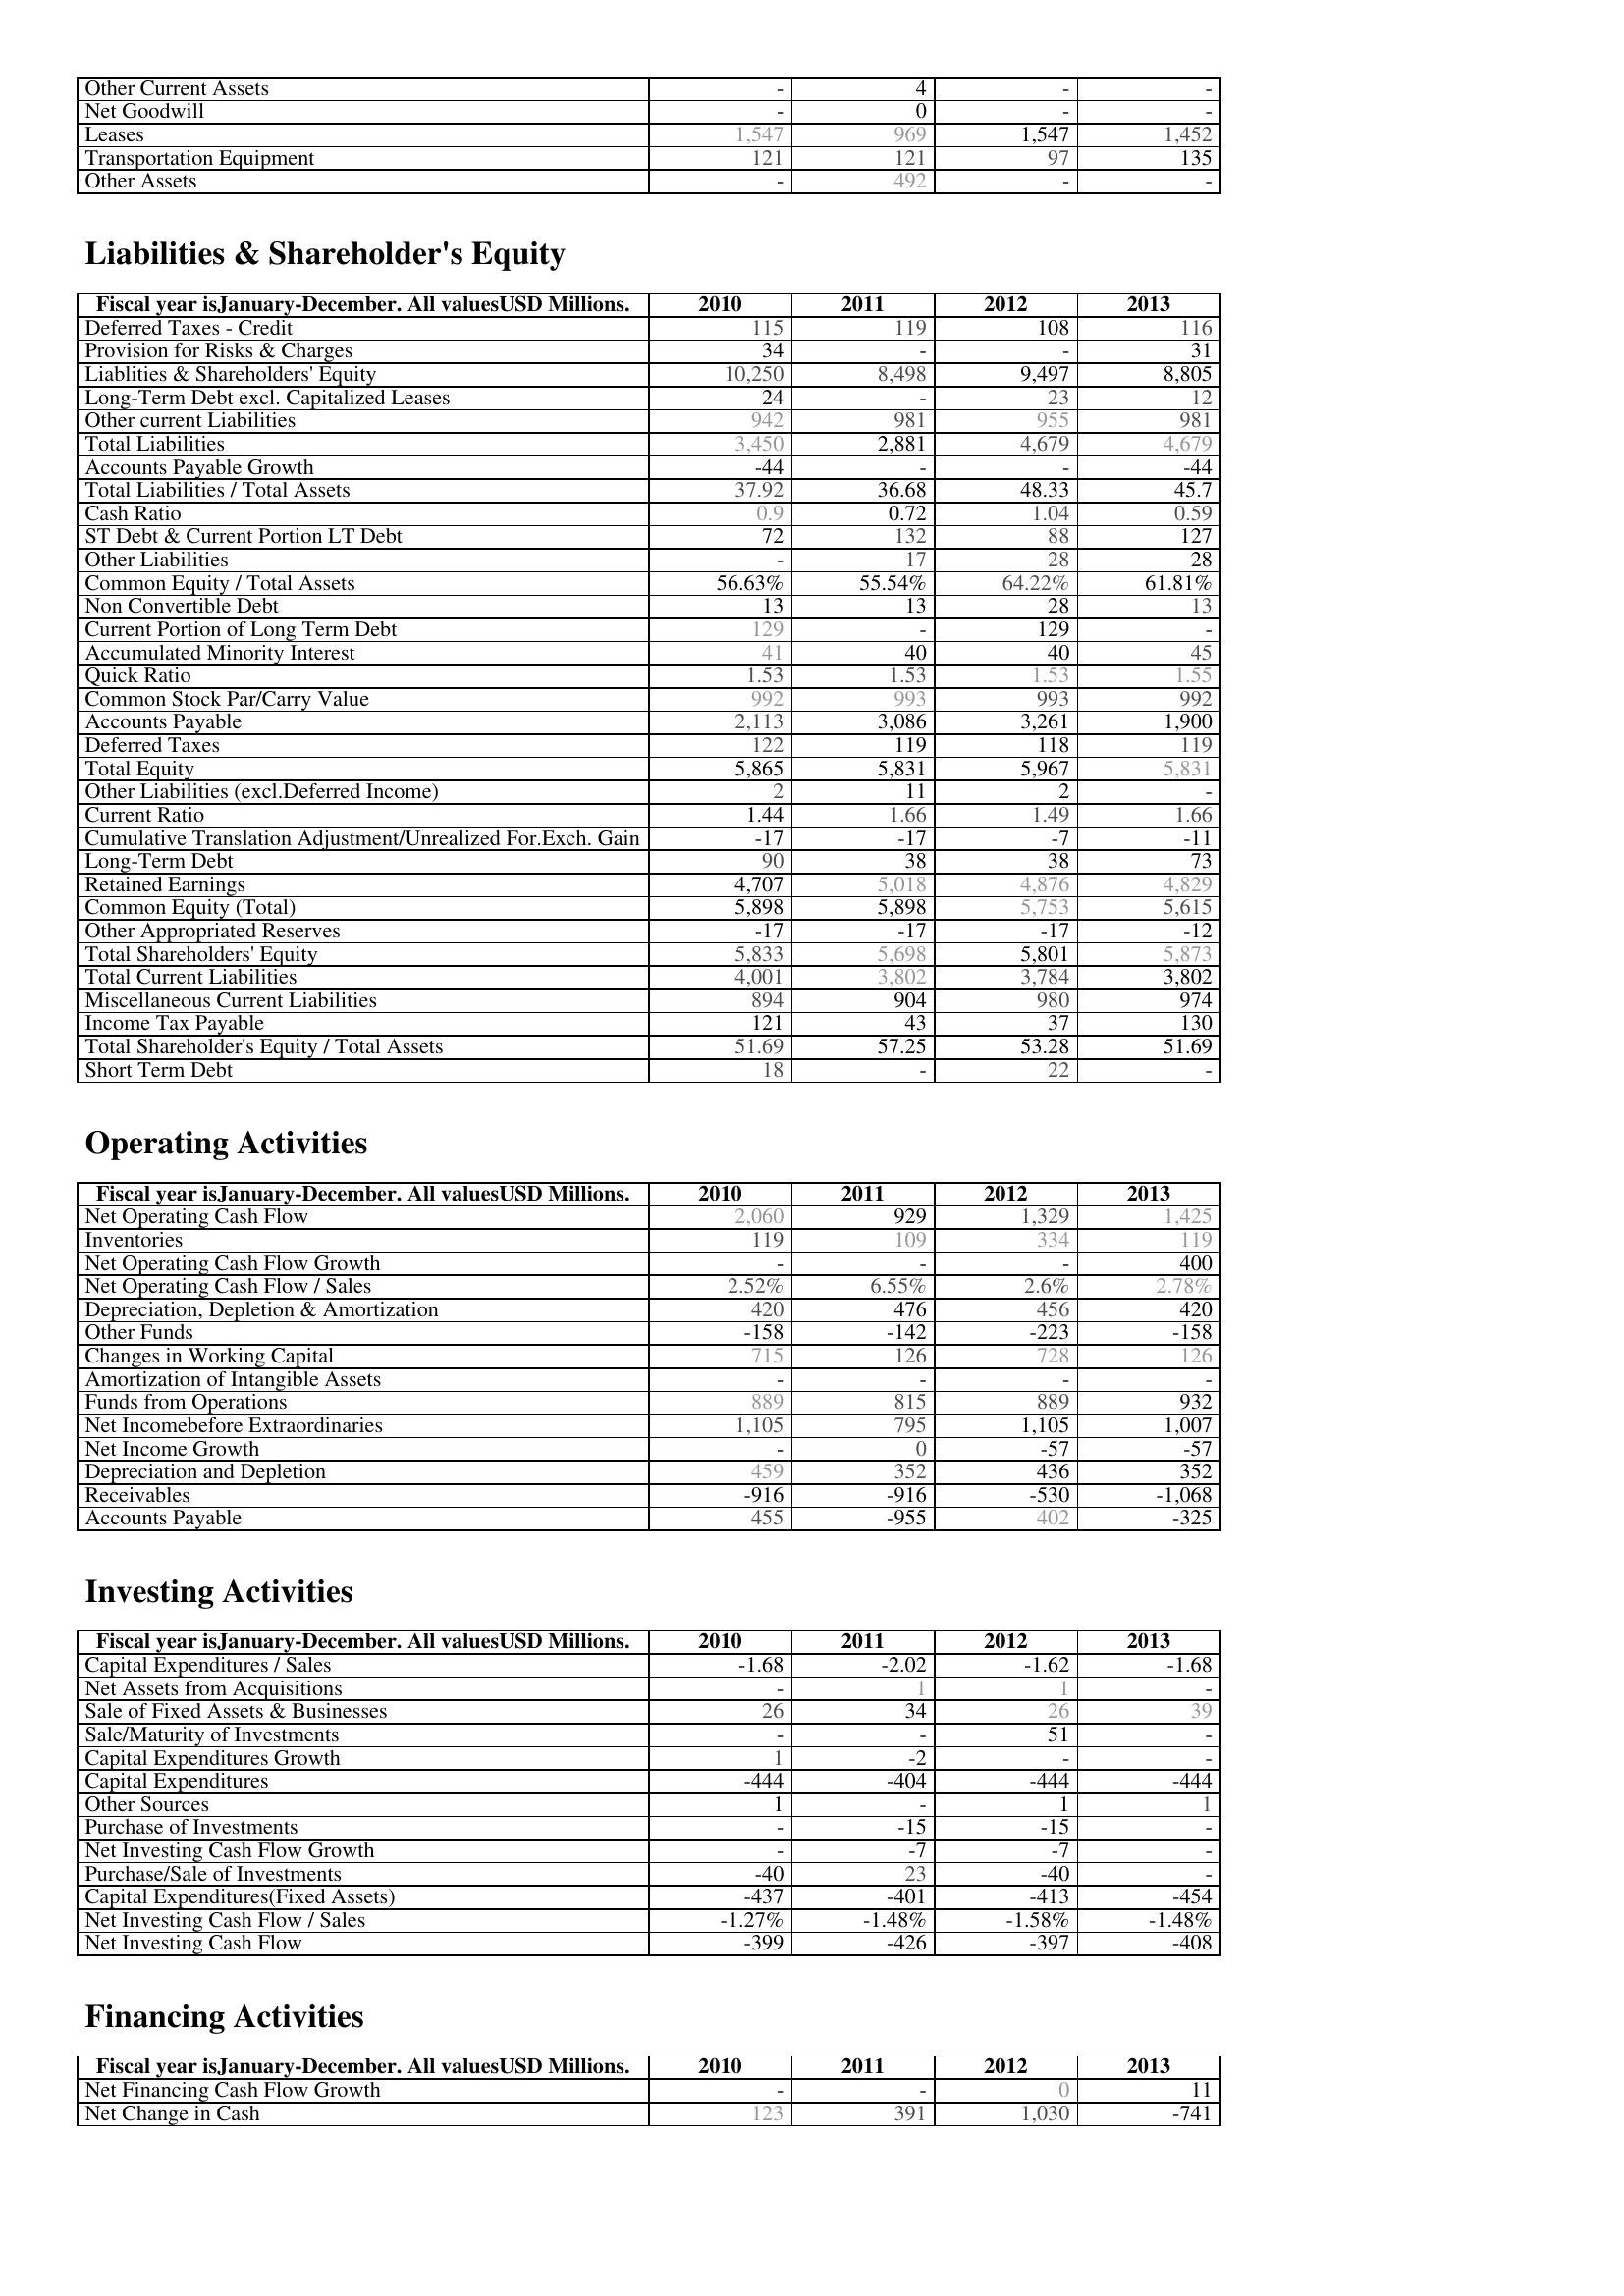
2010: Assets: Other Current Assets: -
Net Goodwill: -
Leases: 1,547
Transportation Equipment: 121
Other Assets: -
Liabilities & Shareholder's Equity: Deferred Taxes - Credit: 115
Provision for Risks & Charges: 34
Liablities & Shareholders' Equity: 10,250
Long-Term Debt excl. Capitalized Leases: 24
Other current Liabilities: 942
Total Liabilities: 3,450
Accounts Payable Growth: -44
Total Liabilities / Total Assets: 37.92
Cash Ratio: 0.9
ST Debt & Current Portion LT Debt: 72
Other Liabilities: -
Common Equity / Total Assets: 56.63%
Non Convertible Debt: 13
Current Portion of Long Term Debt: 129
Accumulated Minority Interest: 41
Quick Ratio: 1.53
Common Stock Par/Carry Value: 992
Accounts Payable: 2,113
Deferred Taxes: 122
Total Equity: 5,865
Other Liabilities (excl.Deferred Income): 2
Current Ratio: 1.44
Cumulative Translation Adjustment/Unrealized For.Exch. Gain: -17
Long-Term Debt: 90
Retained Earnings: 4,707
Common Equity (Total): 5,898
Other Appropriated Reserves: -17
Total Shareholders' Equity: 5,833
Total Current Liabilities: 4,001
Miscellaneous Current Liabilities: 894
Income Tax Payable: 121
Total Shareholder's Equity / Total Assets: 51.69
Short Term Debt: 18
Operating Activities: Net Operating Cash Flow: 2,060
Inventories: 119
Net Operating Cash Flow Growth: -
Net Operating Cash Flow / Sales: 2.52%
Depreciation, Depletion & Amortization: 420
Other Funds: -158
Changes in Working Capital: 715
Amortization of Intangible Assets: -
Funds from Operations: 889
Net Incomebefore Extraordinaries: 1,105
Net Income Growth: -
Depreciation and Depletion: 459
Receivables: -916
Accounts Payable: 455
Investing Activities: Capital Expenditures / Sales: -1.68
Net Assets from Acquisitions: -
Sale of Fixed Assets & Businesses: 26
Sale/Maturity of Investments: -
Capital Expenditures Growth: 1
Capital Expenditures: -444
Other Sources: 1
Purchase of Investments: -
Net Investing Cash Flow Growth: -
Purchase/Sale of Investments: -40
Capital Expenditures(Fixed Assets): -437
Net Investing Cash Flow / Sales: -1.27%
Net Investing Cash Flow: -399
Financing Activities: Net Financing Cash Flow Growth: -
Net Change in Cash: 123
2011: Assets: Other Current Assets: 4
Net Goodwill: 0
Leases: 969
Transportation Equipment: 121
Other Assets: 492
Liabilities & Shareholder's Equity: Deferred Taxes - Credit: 119
Provision for Risks & Charges: -
Liablities & Shareholders' Equity: 8,498
Long-Term Debt excl. Capitalized Leases: -
Other current Liabilities: 981
Total Liabilities: 2,881
Accounts Payable Growth: -
Total Liabilities / Total Assets: 36.68
Cash Ratio: 0.72
ST Debt & Current Portion LT Debt: 132
Other Liabilities: 17
Common Equity / Total Assets: 55.54%
Non Convertible Debt: 13
Current Portion of Long Term Debt: -
Accumulated Minority Interest: 40
Quick Ratio: 1.53
Common Stock Par/Carry Value: 993
Accounts Payable: 3,086
Deferred Taxes: 119
Total Equity: 5,831
Other Liabilities (excl.Deferred Income): 11
Current Ratio: 1.66
Cumulative Translation Adjustment/Unrealized For.Exch. Gain: -17
Long-Term Debt: 38
Retained Earnings: 5,018
Common Equity (Total): 5,898
Other Appropriated Reserves: -17
Total Shareholders' Equity: 5,698
Total Current Liabilities: 3,802
Miscellaneous Current Liabilities: 904
Income Tax Payable: 43
Total Shareholder's Equity / Total Assets: 57.25
Short Term Debt: -
Operating Activities: Net Operating Cash Flow: 929
Inventories: 109
Net Operating Cash Flow Growth: -
Net Operating Cash Flow / Sales: 6.55%
Depreciation, Depletion & Amortization: 476
Other Funds: -142
Changes in Working Capital: 126
Amortization of Intangible Assets: -
Funds from Operations: 815
Net Incomebefore Extraordinaries: 795
Net Income Growth: 0
Depreciation and Depletion: 352
Receivables: -916
Accounts Payable: -955
Investing Activities: Capital Expenditures / Sales: -2.02
Net Assets from Acquisitions: 1
Sale of Fixed Assets & Businesses: 34
Sale/Maturity of Investments: -
Capital Expenditures Growth: -2
Capital Expenditures: -404
Other Sources: -
Purchase of Investments: -15
Net Investing Cash Flow Growth: -7
Purchase/Sale of Investments: 23
Capital Expenditures(Fixed Assets): -401
Net Investing Cash Flow / Sales: -1.48%
Net Investing Cash Flow: -426
Financing Activities: Net Financing Cash Flow Growth: -
Net Change in Cash: 391
2012: Assets: Other Current Assets: -
Net Goodwill: -
Leases: 1,547
Transportation Equipment: 97
Other Assets: -
Liabilities & Shareholder's Equity: Deferred Taxes - Credit: 108
Provision for Risks & Charges: -
Liablities & Shareholders' Equity: 9,497
Long-Term Debt excl. Capitalized Leases: 23
Other current Liabilities: 955
Total Liabilities: 4,679
Accounts Payable Growth: -
Total Liabilities / Total Assets: 48.33
Cash Ratio: 1.04
ST Debt & Current Portion LT Debt: 88
Other Liabilities: 28
Common Equity / Total Assets: 64.22%
Non Convertible Debt: 28
Current Portion of Long Term Debt: 129
Accumulated Minority Interest: 40
Quick Ratio: 1.53
Common Stock Par/Carry Value: 993
Accounts Payable: 3,261
Deferred Taxes: 118
Total Equity: 5,967
Other Liabilities (excl.Deferred Income): 2
Current Ratio: 1.49
Cumulative Translation Adjustment/Unrealized For.Exch. Gain: -7
Long-Term Debt: 38
Retained Earnings: 4,876
Common Equity (Total): 5,753
Other Appropriated Reserves: -17
Total Shareholders' Equity: 5,801
Total Current Liabilities: 3,784
Miscellaneous Current Liabilities: 980
Income Tax Payable: 37
Total Shareholder's Equity / Total Assets: 53.28
Short Term Debt: 22
Operating Activities: Net Operating Cash Flow: 1,329
Inventories: 334
Net Operating Cash Flow Growth: -
Net Operating Cash Flow / Sales: 2.6%
Depreciation, Depletion & Amortization: 456
Other Funds: -223
Changes in Working Capital: 728
Amortization of Intangible Assets: -
Funds from Operations: 889
Net Incomebefore Extraordinaries: 1,105
Net Income Growth: -57
Depreciation and Depletion: 436
Receivables: -530
Accounts Payable: 402
Investing Activities: Capital Expenditures / Sales: -1.62
Net Assets from Acquisitions: 1
Sale of Fixed Assets & Businesses: 26
Sale/Maturity of Investments: 51
Capital Expenditures Growth: -
Capital Expenditures: -444
Other Sources: 1
Purchase of Investments: -15
Net Investing Cash Flow Growth: -7
Purchase/Sale of Investments: -40
Capital Expenditures(Fixed Assets): -413
Net Investing Cash Flow / Sales: -1.58%
Net Investing Cash Flow: -397
Financing Activities: Net Financing Cash Flow Growth: 0
Net Change in Cash: 1,030
2013: Assets: Other Current Assets: -
Net Goodwill: -
Leases: 1,452
Transportation Equipment: 135
Other Assets: -
Liabilities & Shareholder's Equity: Deferred Taxes - Credit: 116
Provision for Risks & Charges: 31
Liablities & Shareholders' Equity: 8,805
Long-Term Debt excl. Capitalized Leases: 12
Other current Liabilities: 981
Total Liabilities: 4,679
Accounts Payable Growth: -44
Total Liabilities / Total Assets: 45.7
Cash Ratio: 0.59
ST Debt & Current Portion LT Debt: 127
Other Liabilities: 28
Common Equity / Total Assets: 61.81%
Non Convertible Debt: 13
Current Portion of Long Term Debt: -
Accumulated Minority Interest: 45
Quick Ratio: 1.55
Common Stock Par/Carry Value: 992
Accounts Payable: 1,900
Deferred Taxes: 119
Total Equity: 5,831
Other Liabilities (excl.Deferred Income): -
Current Ratio: 1.66
Cumulative Translation Adjustment/Unrealized For.Exch. Gain: -11
Long-Term Debt: 73
Retained Earnings: 4,829
Common Equity (Total): 5,615
Other Appropriated Reserves: -12
Total Shareholders' Equity: 5,873
Total Current Liabilities: 3,802
Miscellaneous Current Liabilities: 974
Income Tax Payable: 130
Total Shareholder's Equity / Total Assets: 51.69
Short Term Debt: -
Operating Activities: Net Operating Cash Flow: 1,425
Inventories: 119
Net Operating Cash Flow Growth: 400
Net Operating Cash Flow / Sales: 2.78%
Depreciation, Depletion & Amortization: 420
Other Funds: -158
Changes in Working Capital: 126
Amortization of Intangible Assets: -
Funds from Operations: 932
Net Incomebefore Extraordinaries: 1,007
Net Income Growth: -57
Depreciation and Depletion: 352
Receivables: -1,068
Accounts Payable: -325
Investing Activities: Capital Expenditures / Sales: -1.68
Net Assets from Acquisitions: -
Sale of Fixed Assets & Businesses: 39
Sale/Maturity of Investments: -
Capital Expenditures Growth: -
Capital Expenditures: -444
Other Sources: 1
Purchase of Investments: -
Net Investing Cash Flow Growth: -
Purchase/Sale of Investments: -
Capital Expenditures(Fixed Assets): -454
Net Investing Cash Flow / Sales: -1.48%
Net Investing Cash Flow: -408
Financing Activities: Net Financing Cash Flow Growth: 11
Net Change in Cash: -741